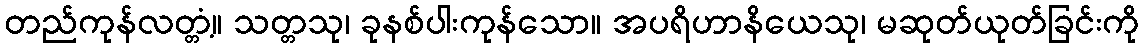
တည်ကုန်လတ္တံ့။ သတ္တသု၊ ခုနစ်ပါးကုန်သော။ အပရိဟာနိယေသု၊ မဆုတ်ယုတ်ခြင်းကို